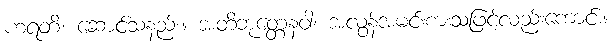
ဟရတိ၊ ဆောင်သနည်း။ အတိဘုတ္တေနဝါ၊ အလွန်အမင်းစားသဖြင့်လည်းကောင်း။